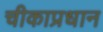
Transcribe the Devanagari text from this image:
चीकाप्रधान